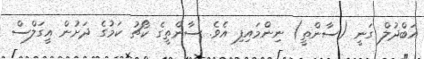
އަބްދުލް ގަނީ (ސާންތީ) ނިންމައިފި އެވެ. ސާންތީގެ ކޯޗު ކަމުގެ ދަށުން އީގަލްސް